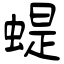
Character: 蝭